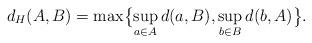
LaTeX: \begin{align*}d_H(A,B) = \max\bigl\{ \sup_{a \in A} d(a,B), \sup_{b \in B} d(b,A)\bigr\}.\end{align*}